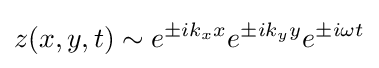
z(x,y,t)\sim e^{\pm ik_{x}x}e^{\pm ik_{y}y}e^{\pm i\omega t}